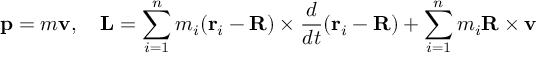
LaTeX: \mathbf { p } = m \mathbf { v } , \quad \mathbf { L } = \sum _ { i = 1 } ^ { n } m _ { i } ( \mathbf { r } _ { i } - \mathbf { R } ) \times { \frac { d } { d t } } ( \mathbf { r } _ { i } - \mathbf { R } ) + \sum _ { i = 1 } ^ { n } m _ { i } \mathbf { R } \times \mathbf { v }